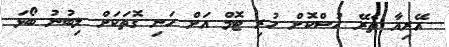
އޭރިއާ ތެރޭ ހުސްކޮށް ހުރި ޓޮމް އަށް ހަނި ގޮތަކަށް ލިބުނު ބޯޅަ